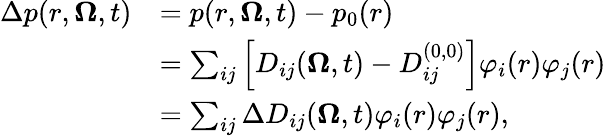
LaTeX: \begin{array}{rl}{\Delta p(r,\boldsymbol{\Omega},t)}&{=p(r,\boldsymbol{\Omega},t)-p_{0}(r)}\\ &{=\sum_{ij}\left[D_{ij}(\boldsymbol{\Omega},t)-D_{ij}^{(0,0)}\right]\varphi_{i}(r)\varphi_{j}(r)}\\ &{=\sum_{ij}\Delta D_{ij}(\boldsymbol{\Omega},t)\varphi_{i}(r)\varphi_{j}(r),}\end{array}